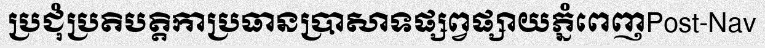
ប្រជុំប្រតិបត្តិកាប្រធានប្រាសាទផ្សព្វផ្សាយភ្នំពេញPost-Nav